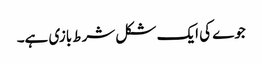
جوے کی ایک شکل شرط بازی ہے۔